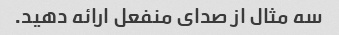
سه مثال از صدای منفعل ارائه دهید.